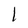
Character: 1